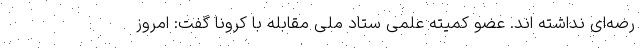
رضه‌ای نداشته اند. عضو کمیته علمی ستاد ملی مقابله با کرونا گفت: امروز